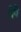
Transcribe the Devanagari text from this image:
चेपे